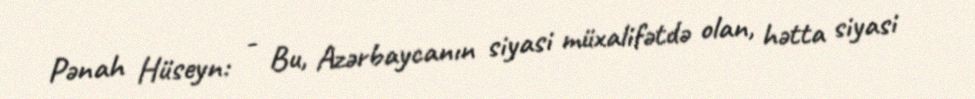
Pənah Hüseyn: - Bu, Azərbaycanın siyasi müxalifətdə olan, hətta siyasi